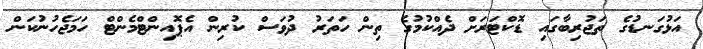
އަޅުގަނޑުގެ ތަޖުރިބާގައި ޑޮކްޓަރަށް ދެއްކުމުގެ ތިން ހަތަރު ދުވަސް ކުރިން އެޕޮއިންޓްމެންޓް ހަމަޖެހުނުކަން